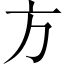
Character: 方